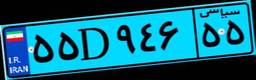
۶۲D۲۷۲۷۷